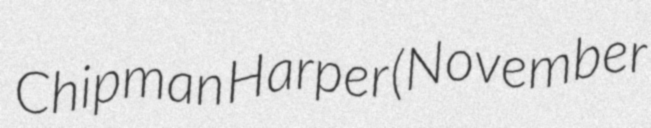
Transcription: Chipman Harper (November